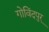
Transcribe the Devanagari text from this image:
गोविंदपुर्